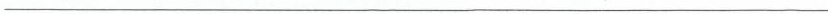
___